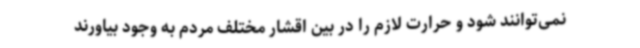
نمی‌توانند شود و حرارت لازم را در بین اقشار مختلف مردم به وجود بیاورند